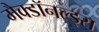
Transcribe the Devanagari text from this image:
मैक्डॉनल्ड्स